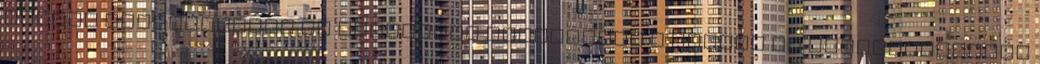
iskola szervezőinek és résztvevő diákjainak a gazdag és felejthetetlen